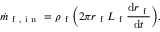
\dot { m } _ { \mathrm { ~ f ~ , ~ i ~ n ~ } } = \rho _ { \mathrm { ~ f ~ } } \bigg ( 2 \pi r _ { \mathrm { ~ f ~ } } L _ { \mathrm { ~ f ~ } } \frac { \mathrm { d } r _ { \mathrm { ~ f ~ } } } { \mathrm { d } t } \bigg ) .